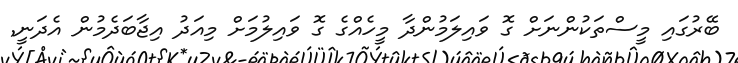
ބޭރުގައި މީސްތަކުންނަށް ގޮ ވައިލަމުންދާ މީހެއްގެ ގޮ ވައިލުމަށް މިއަދު އިޖާބަދެމުން އެދަނީ